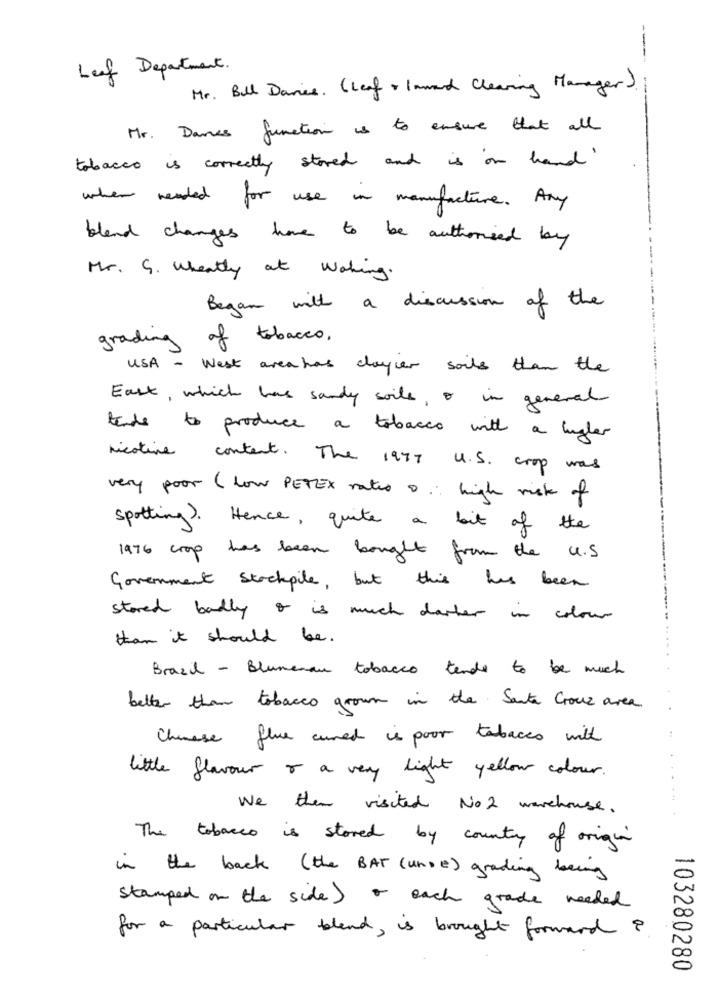
---
Leif Department.
Mr. Bull Daries. (Leaf + lawand Cleaning Manager ).
Mr. Dames function is to ensure that all
tobacco is correctly stored and is in hand
when needed for use in manufacture. Any
blend changes have to be authorised by
Mr. G. Wheatly at Working.
Began with a discussion of the
grading of tobacco,
USA - West area has clayier sails than the
East, which has sandy soile, o in general
tends to produce a tobacco with a hugles
nicotine
content . The 1977 U.S. crop was
very poor ( low PETEX rates 0. high risk of
spotting. Hence, quite a bit of the
1976 crop has been bought from the U.S.
Government stockpile, but this has been
stored badly o is much datter in colour
than it should be.
Brazil - Blumenau tobacco tende to be much
better than tobacco grown in the Santa Croce area
Chinese flue cured is poor tabacco with
little flavour o a very light yellow colour.
We then visited No 2 warehouse.
The tobacco is stored by country of origin
in the back ( the BAT (unse ) grading being
Stamped on the side) o each grade needed
for a particular blend , is brought forward ?
103280280